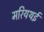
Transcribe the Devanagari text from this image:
मरियथई